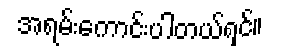
အရမ်းကောင်းပါတယ်ရှင်။